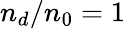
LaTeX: n_{d}/n_{0}=1